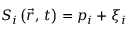
S _ { i } \left( \vec { r } , \, t \right) = p _ { i } + \xi _ { i }